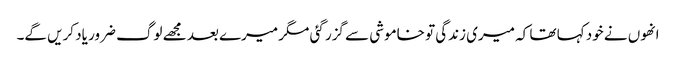
انھوں نے خود کہا تھا کہ میری زندگی تو خاموشی سے گزر گئی مگر میرے بعد مجھے لوگ ضرور یاد کریں گے۔